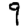
Digit: 9